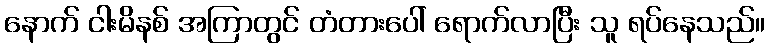
နောက် ငါးမိနစ် အကြာတွင် တံတားပေါ် ရောက်လာပြီး သူ ရပ်နေသည်။